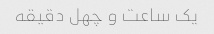
یک ساعت و چهل دقیقه